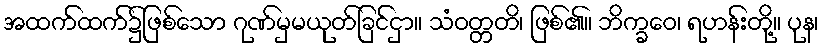
အထက်ထက်၌ဖြစ်သော ဂုဏ်မှမယုတ်ခြင်ငှာ။ သံဝတ္တတိ၊ ဖြစ်၏။ ဘိက္ခဝေ၊ ရဟန်းတို့။ ပုန၊